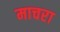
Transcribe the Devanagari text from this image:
माचरा